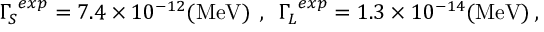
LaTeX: { \Gamma _ { S } } ^ { e x p } = 7 . 4 \times 1 0 ^ { - 1 2 } ( \mathrm { M e V } ) \: \: , \: \: { \Gamma _ { L } } ^ { e x p } = 1 . 3 \times 1 0 ^ { - 1 4 } ( \mathrm { M e V } ) \: ,